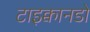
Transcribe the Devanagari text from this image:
टाइक्वानडो